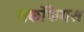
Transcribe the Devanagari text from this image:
सर्कोफैगस